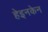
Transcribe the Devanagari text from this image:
हेइनकेन